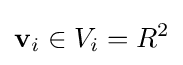
{\textbf {v}}_{i}\in V_{i}=R^{2}